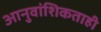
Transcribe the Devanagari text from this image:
आनुवांशिकताही